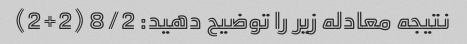
نتیجه معادله زیر را توضیح دهید: 8/2 (2+2)